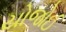
યોજોઈ